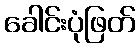
ခေါင်းပုံဖြတ်